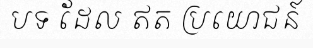
បទ ដែល ឥត ប្រយោជន៍